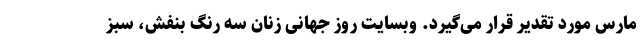
مارس مورد تقدیر قرار می‌گیرد. وبسایت روز جهانی زنان سه رنگ بنفش، سبز